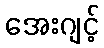
အေးဂျင့်